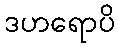
ဒဟရောပိ